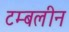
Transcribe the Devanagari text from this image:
टम्बलीन